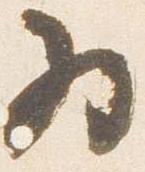
為